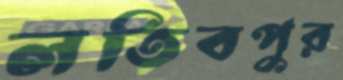
লতিবপুর